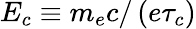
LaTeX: E_{c}\equiv m_{e}c/\left(e\tau_{c}\right)